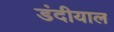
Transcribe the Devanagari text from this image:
डंदीयाल